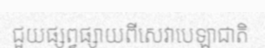
ជួយផ្សព្វផ្សាយពីសេវាបេឡាជាតិ